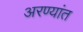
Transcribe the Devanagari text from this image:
अरण्यांत